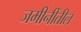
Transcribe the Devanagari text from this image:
जमीनींतील